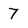
Character: 7